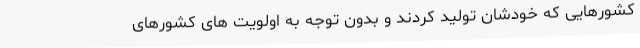
کشورهایی که خودشان تولید کردند و بدون توجه به اولویت ‌های کشورهای